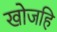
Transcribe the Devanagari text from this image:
खोजहि